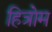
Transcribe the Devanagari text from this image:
हित्रोम